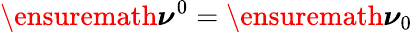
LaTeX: \ensuremath{\boldsymbol\nu}^{0}=\ensuremath{\boldsymbol\nu}_{0}